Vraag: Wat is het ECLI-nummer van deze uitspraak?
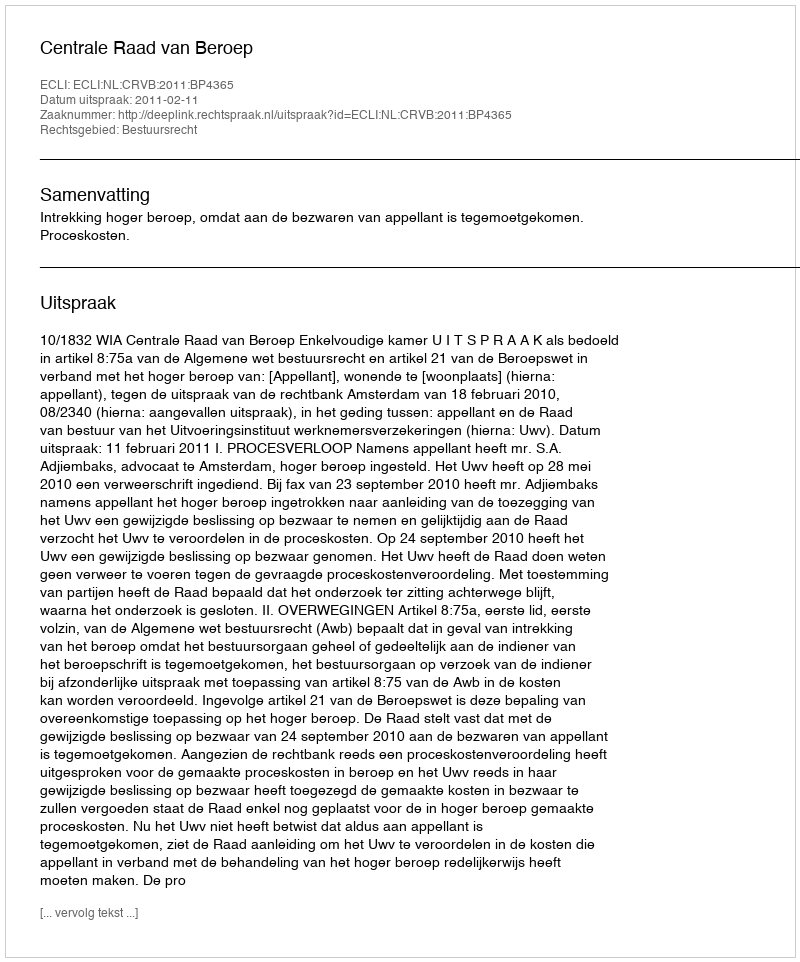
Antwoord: ECLI:NL:CRVB:2011:BP4365